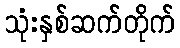
သုံးနှစ်ဆက်တိုက်